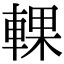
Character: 輠